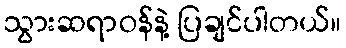
သွားဆရာဝန်နဲ့ ပြချင်ပါတယ်။